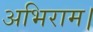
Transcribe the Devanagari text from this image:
अभिराम।